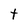
Character: t